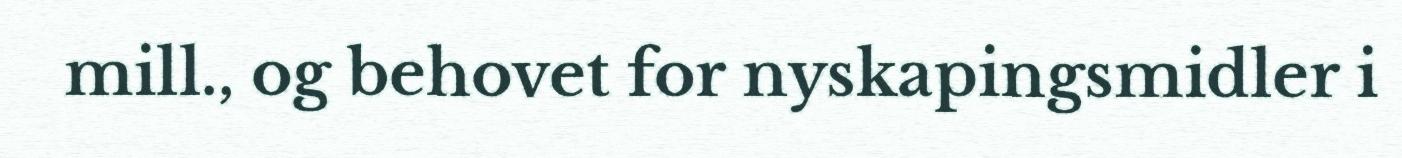
mill., og behovet for nyskapingsmidler i